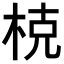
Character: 𣒖